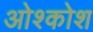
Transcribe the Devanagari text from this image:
ओश्कोश